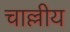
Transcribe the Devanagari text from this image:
चाल्लीय